Distribution and causation of leprosy in British India
Year: 1875
Disease focus: Leprosy
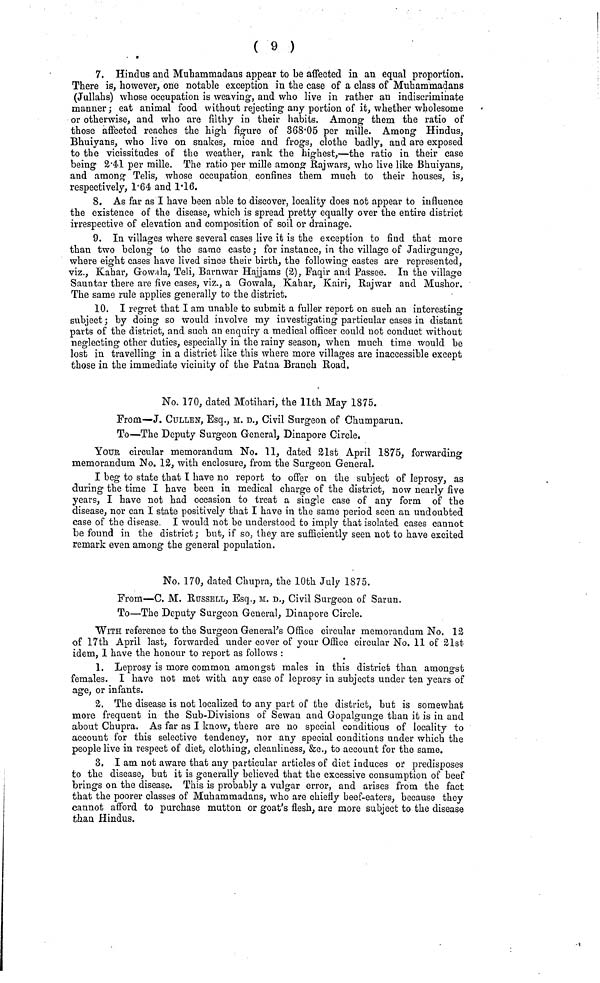
( 9 )
7. Hindus and Muhammadans appear to be affected in an equal proportion.
There is, however, one notable exception in the case of a class of Muhammadans
(Jullahs) whose occupation is weaving-, and who live in rather an indiscriminate
manner ; eat animal food without rejecting any portion of it, whether wholesome
or otherwise, and who are filthy in their habits. Among them the ratio of
those affected reaches the high figure of 368Ό5 per mille. Among Hindus,
Bhuiyans, who live on snakes, mice and frogs, clothe badlyj and are exposed
to the vicissitudes of the weather, rank the highest,—the ratio in their case
being 2'4<1 per mille. The ratio per mille among Raj wars, who live like Bhuiyans,
and among Telis, whose occupation confines them much to their houses, is,
respectively, Γ64 and 1Ί6.
8. As far as I have been able to discover, locality does not appear to influence
the existence of the disease, which is spread pretty equally over the entire district
irrespective of elevation and composition of soil or drainage.
9. In villages where several cases live it is the exception to find that more
than two belong to the same caste ; for instance, in the village of Jadirgunge,
where eight cases have lived since their birth, the following castes are represented,
viz., Kahar, Gowala, Teli, Barnwar Hajjams (2), Faqir and Passee. In the village
Sauntar there are five cases, viz., a Gowala, Kahar, Kairi, Rajwar and Mushor.
The same rule applies generally to the district.
10. I regret that I am unable to submit a fuller report on such an interesting
subject; by doing so would involve my investigating particular cases in distant
parts of the district, and such an enquiry a medical officer could not conduct without
neglecting other duties, especially in the rainy season, when much time would be
lost in travelling in a district like this where more villages are inaccessible except
those in the immediate vicinity of the Patna Branch Road.
No. 170, dated Motihari, the llth May 1875.
From—J. CULLEN, Esq., si. D., Civil Surgeon of Ohumparun.
To—The Deputy Surgeon General, Dinapore Circle.
YOUR circular memorandum No. 11, dated 21st April 1875, forwarding
memorandum No. 12, with enclosure, from the Surgeon General.
I beg to state that I have no report to offer on the subject of leprosy, as
during the time I have been in medical charge of the district, now nearly five
years, I have not had occasion to treat a single case of any form of the
disease, nor can I state positively that I have in the same period seen an undoubted
case of the disease. I would not be understood to imply that isolated cases cannot
be found in the district ; but, if so, they are sufficiently seen not to have excited
remark even among the general population.
No. 170, dated Chupra, the 10th July 1875.
From—C. M. RUSSELL, Esq., M. D., Civil Surgeon of Sarun.
To—The Deputy Surgeon General, Dinapore Circle.
WITH reference to the Surgeon General's Office circular memorandum No. 12
of 17th April last, forwarded under cover of your Office circular No. 11 of 21st
idem, 1 have the honour to report as follows :
1. Leprosy is more common amongst males in this district than amongst
females. I have not met with any case of leprosy in subjects under ten years of
age, or infants.
2. The disease is not localized to any part of the district, but is somewhat
more frequent in the Sub-Divisions of Sewau and Gopalgunge than it is in and
about Chupra. As far as I know, there are no special conditions of locality to
account for this selective tendency, nor any special conditions under which the
people live in respect of diet, clothing, cleanliness, Sec., to account for the same.
3. I am not aware that any particular articles of diet induces or predisposes
to the disease, but it is generally believed that the excessive consumption of beef
brings on the disease. This is probably a vulgar error, and arises from the fact
that the poorer classes of Muhammadans, who are chiefly beef-eaters, because they
cannot afford to purchase mutton or goat's flesh, are more subject to the disease
than Hindus.